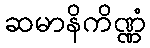
ဆမာနိကိဏ္ဏံ